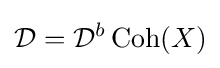
{\mathcal {D}}={\mathcal {D}}^{b}\operatorname {Coh} (X)